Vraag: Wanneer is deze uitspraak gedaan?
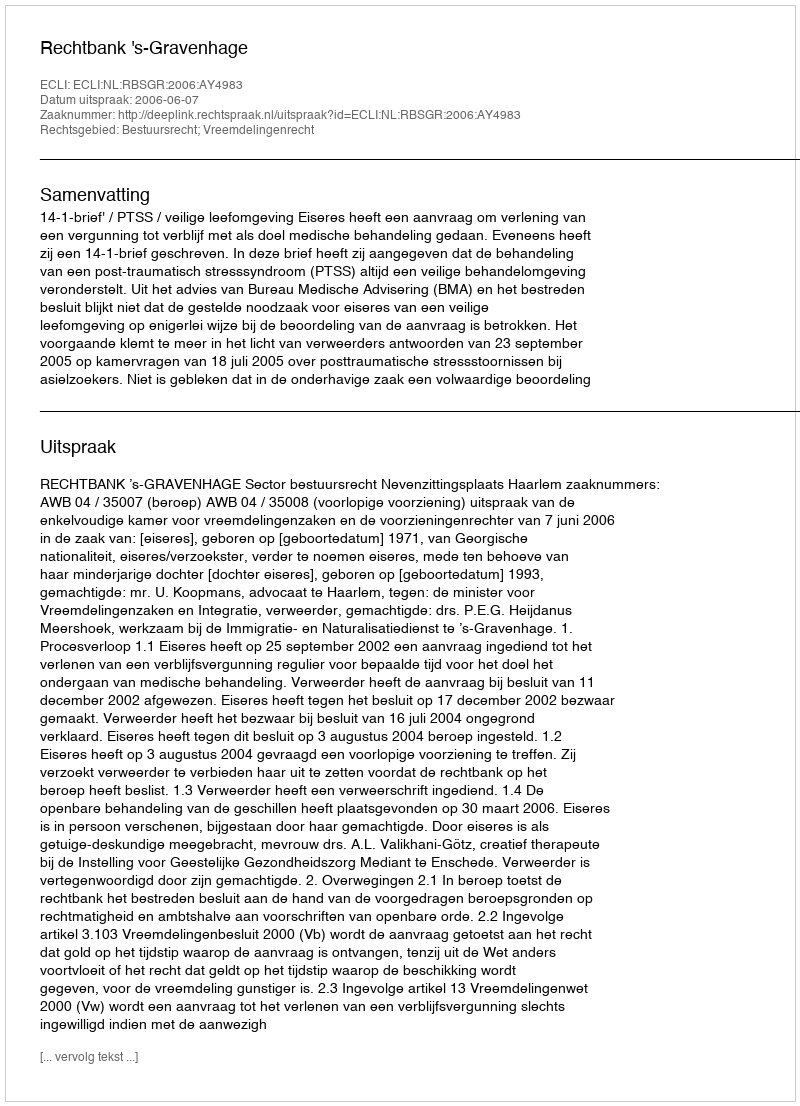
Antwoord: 2006-06-07